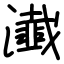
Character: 瀐